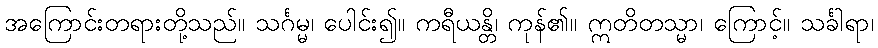
အကြောင်းတရားတို့သည်။ သင်္ဂမ္မ၊ ပေါင်း၍။ ကရီယန္တိ၊ ကုန်၏။ ဣတိတသ္မာ၊ ကြောင့်။ သင်္ခါရာ၊